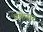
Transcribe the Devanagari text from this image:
प्रफ़ेसर